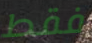
فقط